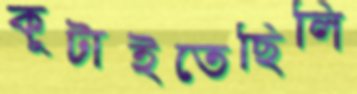
কুটাইতেছিলি